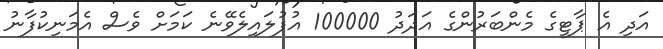
އަދި އެ ޕާޓީގެ މެންބަރުންގެ އަދަދު 100000 އުފުލައިލެވޭނެ ކަމަށް ވެސް އެމަނިކުފާނު